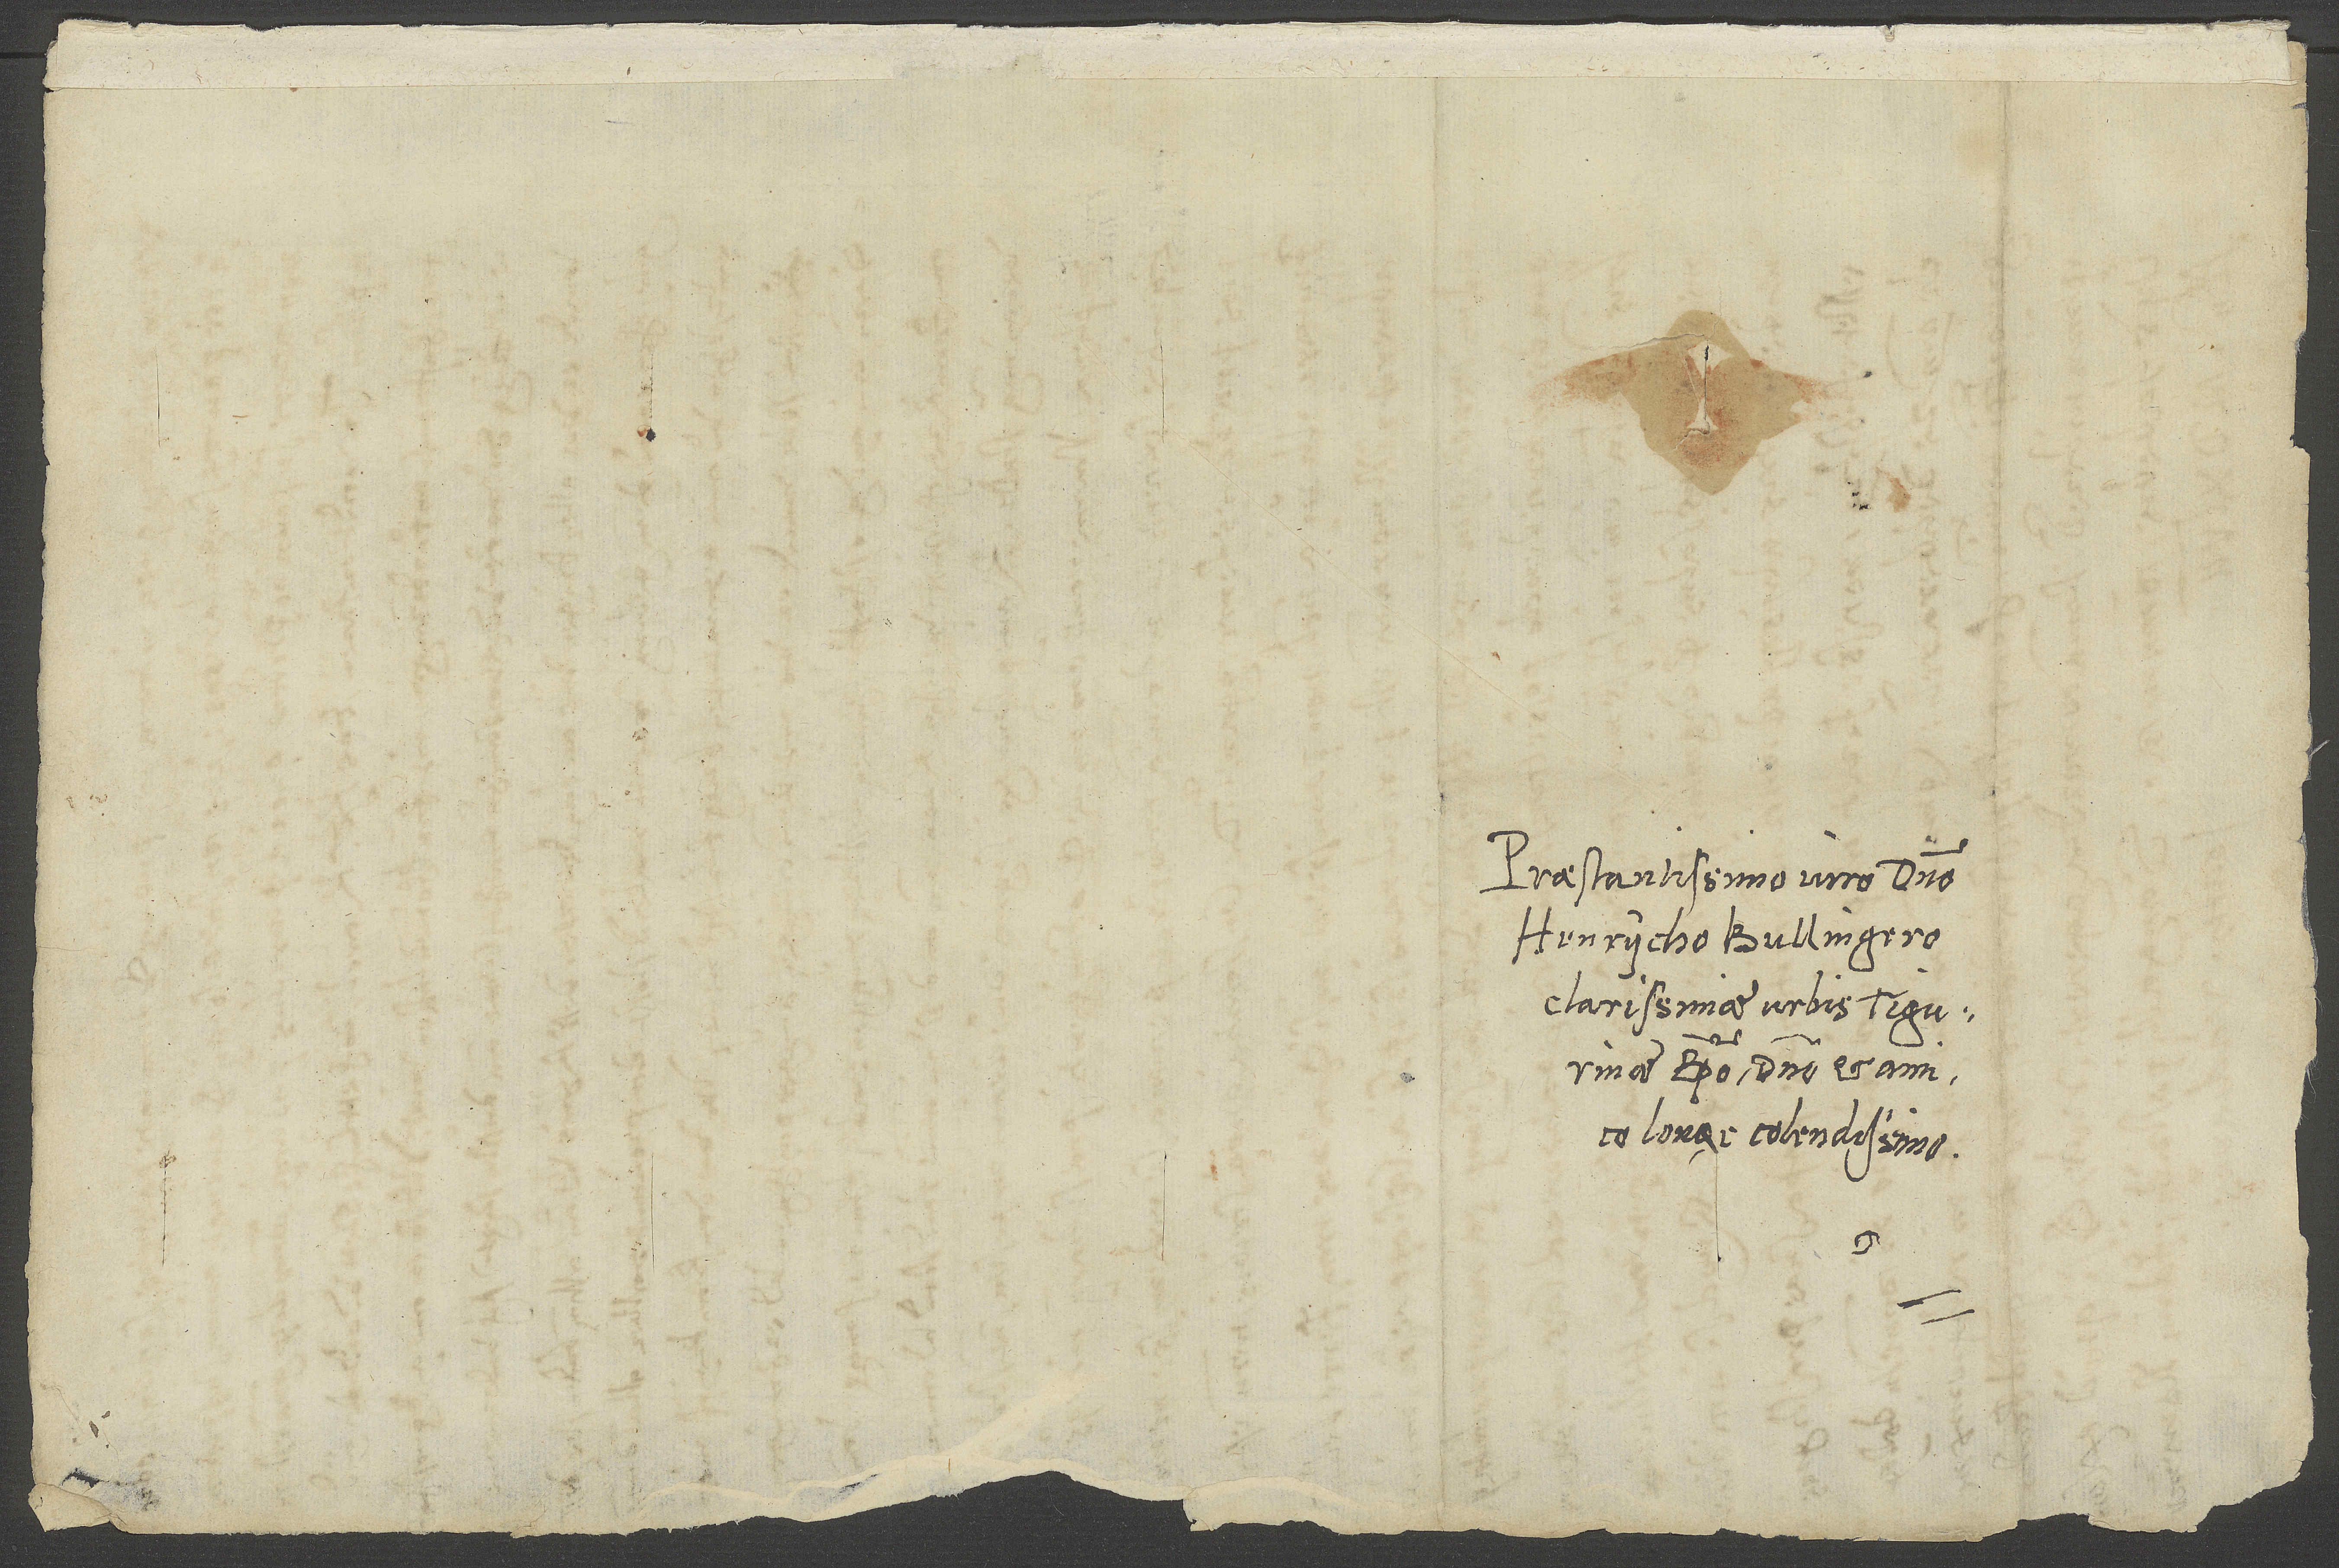
Praestantissimo viro domino
Henrycho Bullingero,
clarissimae urbis Tigurinae
episcopo, domino et amico
longe colendissimo.
S.